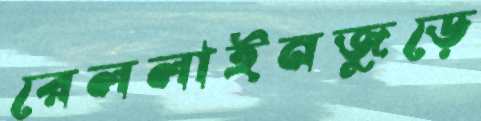
রেললাইনজুড়ে